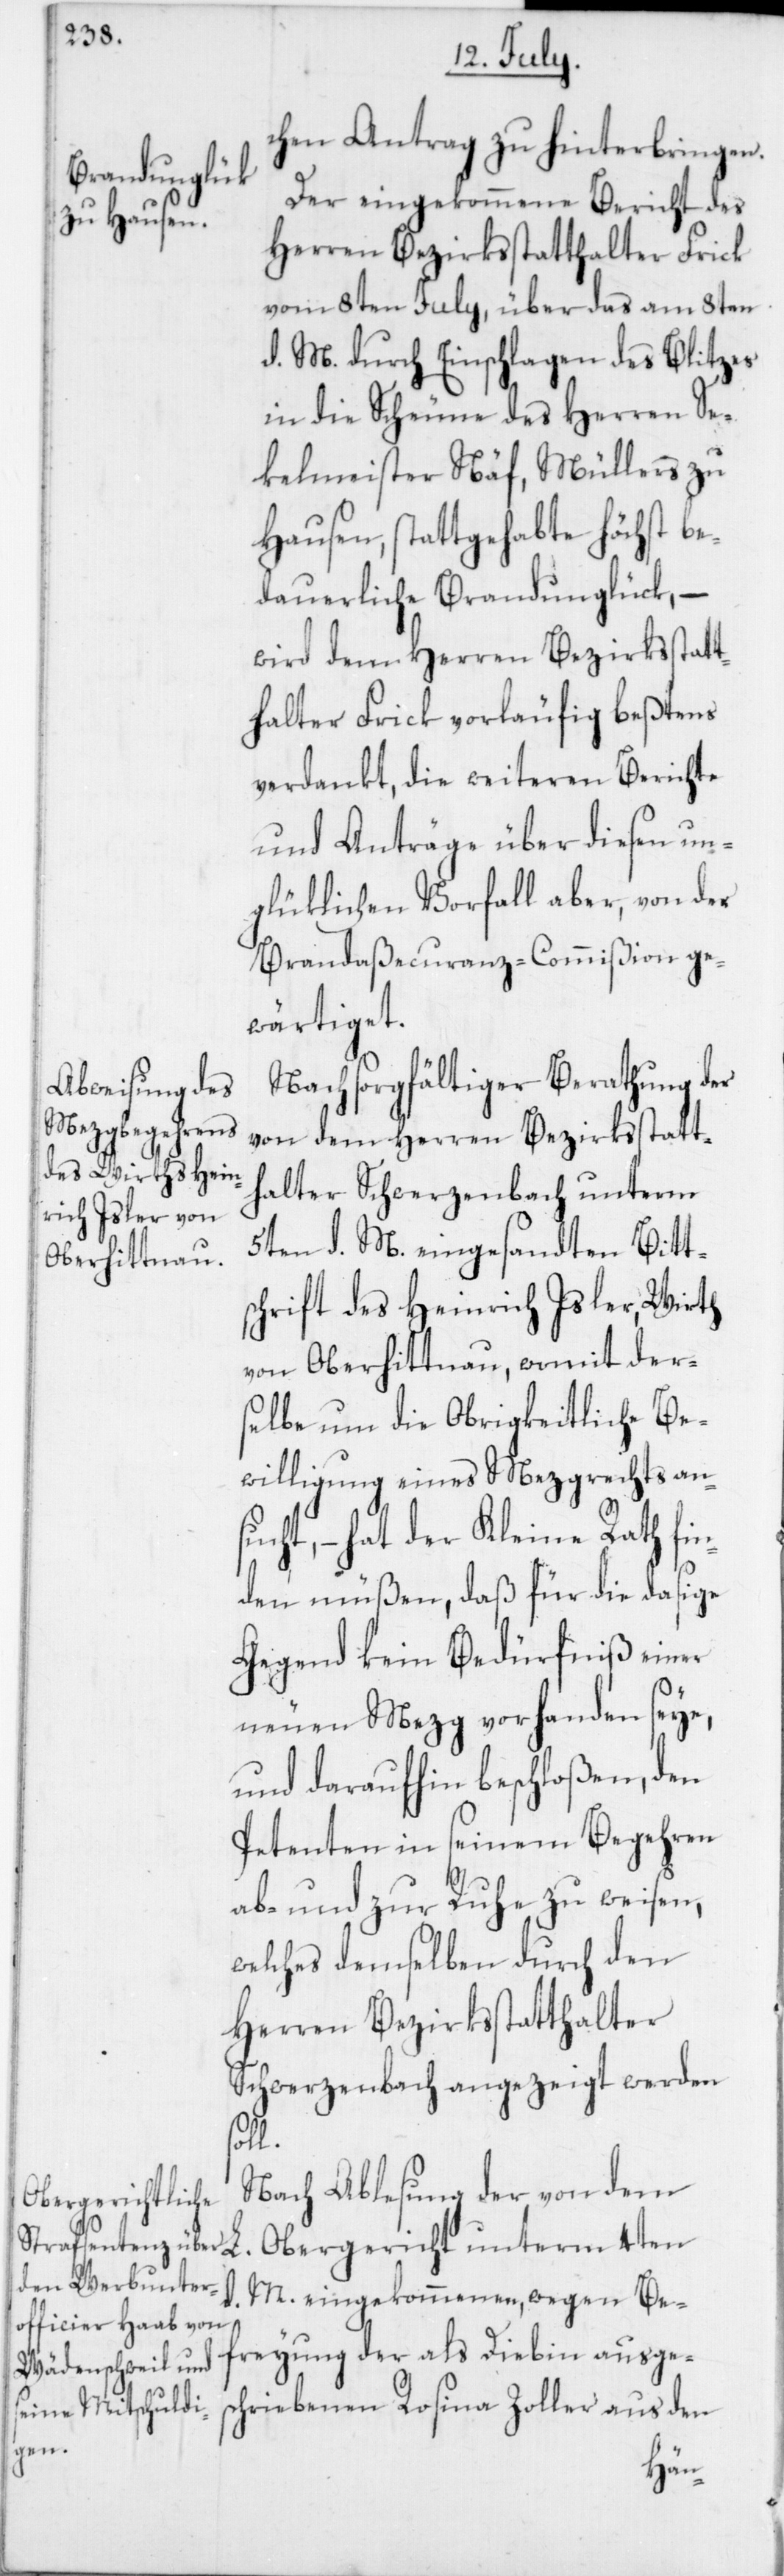
chen Antrag zu hinterbringen.
Der eingekommene Bericht des
Herren Bezirksstatthalters Frick
vom 8ten July, über das am 8ten
d. M. durch Einschlagen des Blitzes
in die Scheune des Herren Se¬
kelmeister Näf, Müllers zu
Hausen, stattgehabte höchst be¬
dauerliche Brandunglück, –
wird dem Herren Bezirksstatt¬
halter Frick vorläufig beßtens
verdankt, die weiteren Berichte
und Anträge über diesen un¬
glüklichen Vorfall aber, von der
Brandaßecuranz-Commißion ge¬
wärtiget.
Nach sorgfältiger Berathung der
von dem Herren Bezirksstatt¬
halter Schwerzenbach unterm
5ten d. M. eingesandten Bitt¬
schrift des Heinrich Isler, Wirth
von Oberhittnau, womit der¬
selbe um die Obrigkeitliche Be¬
willigung eines Metzgrechts an¬
sucht, – hat der Kleine Rath fin¬
den müßen, daß für die dasige
Gegend kein Bedürfniß einer
neuen Mezg vorhanden seye,
und daraufhin beschloßen, den
Petenten in seinem Begehren
ab- und zur Ruhe zu weisen,
welches demselben durch den
Herren Bezirksstatthalter
Schwerzenbach angezeigt werden
soll.
Nach Ablesung der von dem
Obergericht unterm 4ten
M. eingekommenen, wegen Be¬
freyung der als Diebin ausges¬
chriebenen Rosina Zoller aus den